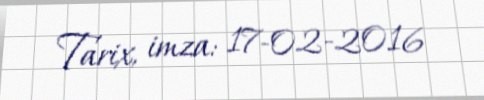
Tarix, imza: 17-02-2016